Plague in India, 1896, 1897 - Volume 2
Year: 1896
Disease focus: Plague
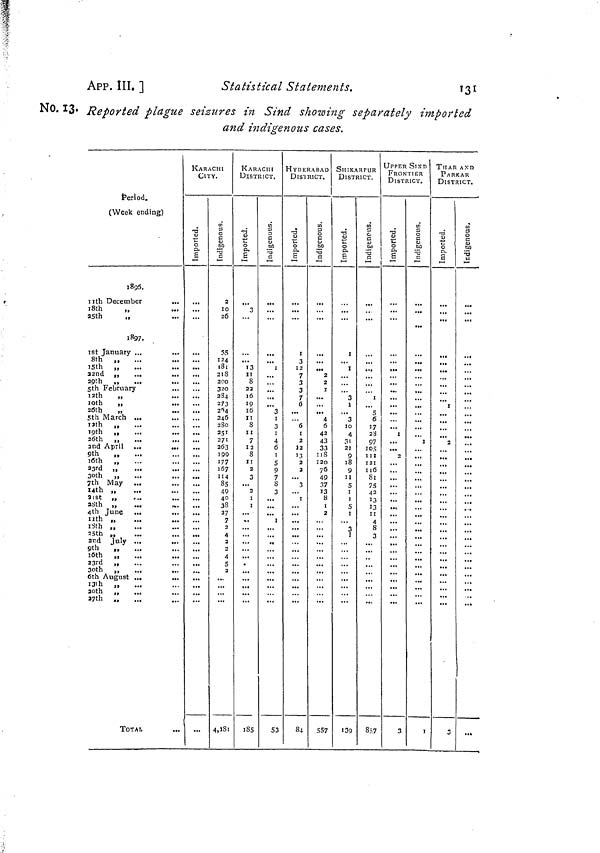
App. III. ]
Statistical Statements.
131
No. 13. Reported plague seizures in Sind showing separately imported
and indigenous cases.
Period.
(Week ending)
1896.
11h December
18th
„
25th
„
1897.
1st January ...
...
8th ,,
15th „
22nd „
...
29th „
5th February
12th
„
10th
„
20th
„
5th March ...
11nth „
19th „
26th ,,
2nd April ...
...
9th
„
loth „
23rd
3oth „
7th May
I4th „
21st „
...
28th „
4th June
11th „
18th „
25th „
2nd July ...
9th
,,
...
loth
23rd „
30th ,,
6th August ...
,,
I3th „
20th „
27th ..
...
TOTAL
KARACHI
CITY.
...
...
2
10
26
35
124.
7
200
273
280
251
271
263
199
177
167
114
85
49
40
38
37
7
4
5
2
4,lSi
KARACHI
DISTRICT.
3
'l3
8
22
10
19
16
II
8
ii
7
12
8
ii
2
3
2
38I
27I
1 85
i
i
3
i
4
6
I
5
9
7
8
3
I
S3
HYDERABAD
DlS'lRICT.
3
12
7
3
3
7
6
6
i
2
12
13
2
2
3
i
84
2
2
I
4
6
42
43
33
118
120
76
49
37
13
8
i
2
557
SHIKARPUR
DISTRICT.
I
3
3
10
4
3i
21
9
18
9
II
5
I
5
i
"}
139
i
5
6
J7
23
97
IO5
II I
121
116
Si
75
42
13
13
ii
4
8
3
857
UPPER SIND
FRONTIER
DISTRICT.
i
3
i
i
THAR AND
PARkAR
DISTRICT.
2
3
...
...